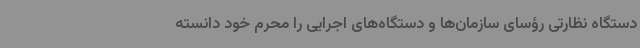
دستگاه نظارتی رؤسای سازمان‌ها و دستگاه‌های اجرایی را محرم خود دانسته